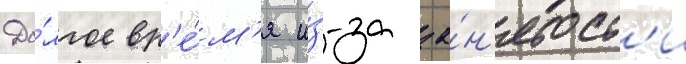
До́лгое вр'е́м'я и́з-за за́н'ятост'и